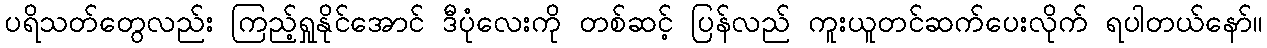
ပရိသတ်တွေလည်း ကြည့်ရှုနိုင်အောင် ဒီပုံလေးကို တစ်ဆင့် ပြန်လည် ကူးယူတင်ဆက်ပေးလိုက် ရပါတယ်နော်။